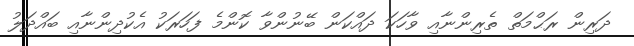
ދަރިން ރަޙްމަތް ތެރިންނާއި ވާހަކަ ދައްކަން ބޭނުންވާ ކޮންމެ ފަހަރަކު އެކުދިންނާއި ބައްދަލު